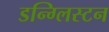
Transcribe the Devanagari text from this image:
डन्ग्लिस्टन